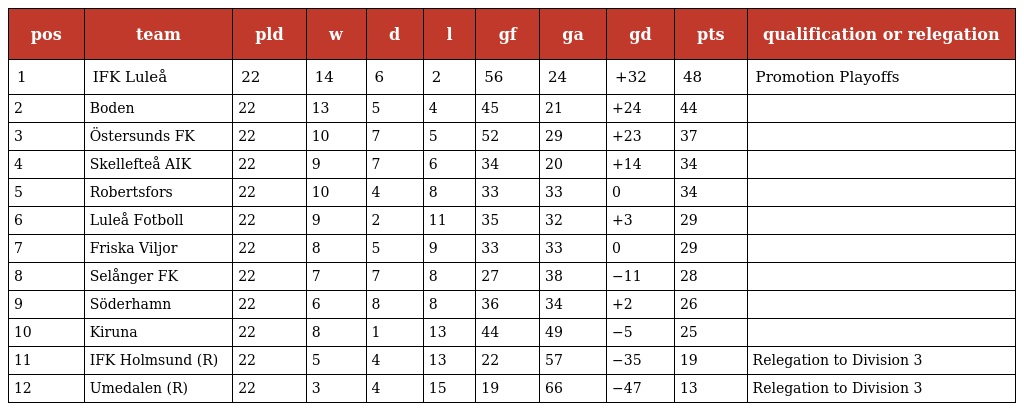
| pos | team | pld | w | d | l | gf | ga | gd | pts | qualification or relegation |
 | --- | --- | --- | --- | --- | --- | --- | --- | --- | --- | --- |
 | 1 | IFK Luleå | 22 | 14 | 6 | 2 | 56 | 24 | +32 | 48 | Promotion Playoffs |
 | 2 | Boden | 22 | 13 | 5 | 4 | 45 | 21 | +24 | 44 |  |
 | 3 | Östersunds FK | 22 | 10 | 7 | 5 | 52 | 29 | +23 | 37 |  |
 | 4 | Skellefteå AIK | 22 | 9 | 7 | 6 | 34 | 20 | +14 | 34 |  |
 | 5 | Robertsfors | 22 | 10 | 4 | 8 | 33 | 33 | 0 | 34 |  |
 | 6 | Luleå Fotboll | 22 | 9 | 2 | 11 | 35 | 32 | +3 | 29 |  |
 | 7 | Friska Viljor | 22 | 8 | 5 | 9 | 33 | 33 | 0 | 29 |  |
 | 8 | Selånger FK | 22 | 7 | 7 | 8 | 27 | 38 | −11 | 28 |  |
 | 9 | Söderhamn | 22 | 6 | 8 | 8 | 36 | 34 | +2 | 26 |  |
 | 10 | Kiruna | 22 | 8 | 1 | 13 | 44 | 49 | −5 | 25 |  |
 | 11 | IFK Holmsund (R) | 22 | 5 | 4 | 13 | 22 | 57 | −35 | 19 | Relegation to Division 3 |
 | 12 | Umedalen (R) | 22 | 3 | 4 | 15 | 19 | 66 | −47 | 13 | Relegation to Division 3 |